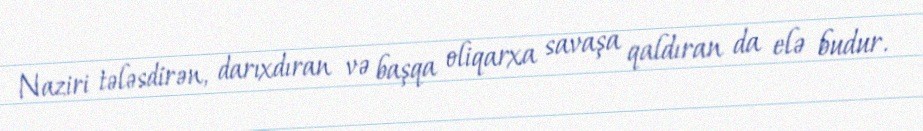
Naziri tələsdirən, darıxdıran və başqa oliqarxa savaşa qaldıran da elə budur.